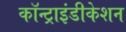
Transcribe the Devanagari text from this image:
कॉन्ट्राइंडीकेशन